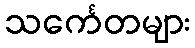
သင်္ကေတများ